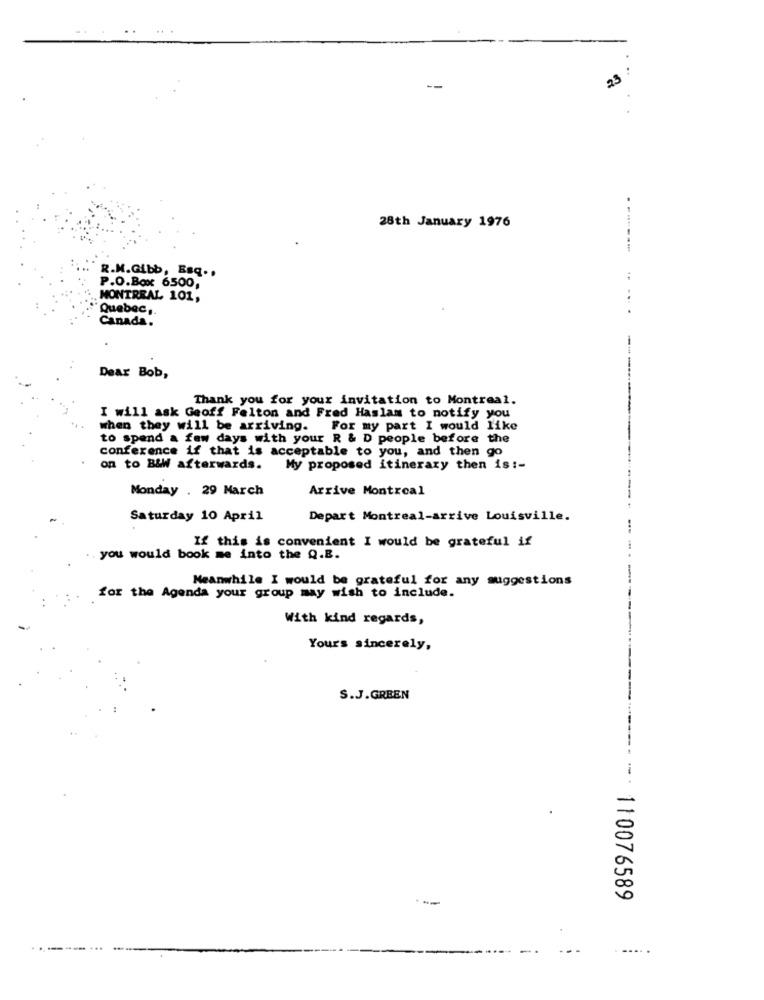
23
28th January 1976
------
R.M.Gibb, Baq ..
P.O.Box 6500,
MONTREAL 101,
...
Quebec,
Canada.
Dear Bob,
--....
Thank you for your invitation to Montreal.
I will ask Geoff Felton and Fred Haslam to notify you
when they will be arriving. For my part I would like
to spend a few days with your R & D people before the
conference if that is acceptable to you, and then go
on to B&W afterwards. My proposed itinerary then is :-
Monday . 29 March
Arrive Montreal
Saturday 10 April
Depart Montreal-arrive Louisville.
If this is convenient I would be grateful if
you would book me into the Q.B.
Meanwhile I would be grateful for any suggestions
for the Agenda your group may wish to include.
With kind regards,
Yours sincerely,
S.J.GREEN
-
********----: 110076589
---
...
......